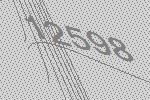
12598